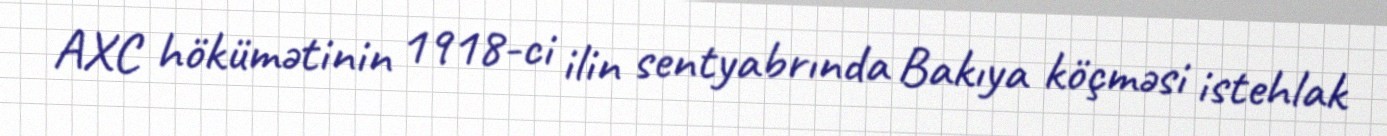
AXC hökümətinin 1918-ci ilin sentyabrında Bakıya köçməsi istehlak